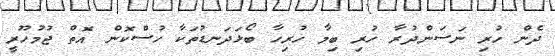
ދެން ހުރި ނަސަންދުރާ ހުރި ބިމާ ހުރިހާ ބޯޅަދަނޑުތަކާ ހުސްކޮން އޮތް ޖުމުހޫރީ